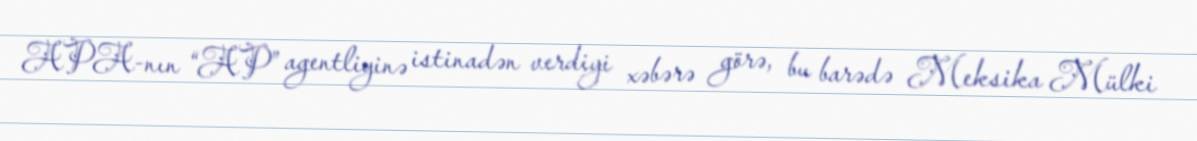
APA-nın “AP” agentliyinə istinadən verdiyi xəbərə görə, bu barədə Meksika Mülki